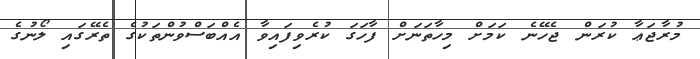
މުރާޖަޢާ ކުރަން ޖެހޭނެ ކަމަށް މިހާތަނަށް ފާހަގަ ކުރެވިފައިވާ އެއްބަސްވުންތަކުގެ ތެރޭގައި ލޯނުގެ